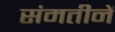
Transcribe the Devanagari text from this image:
संमतीनें